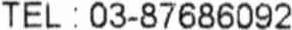
TEL : 03-87686092